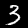
Digit: 3